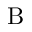
\mathrm { B }